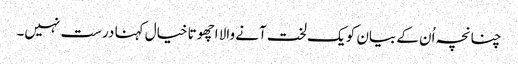
چنانچہ اُن کے بیان کو یک لخت آنے والا اچھوتا خیال کہنا درست نہیں۔